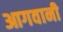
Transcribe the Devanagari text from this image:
आगवानी